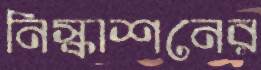
নিস্কাশনের